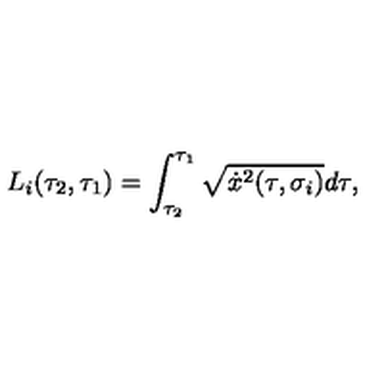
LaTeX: L _ { i } ( \tau _ { 2 } , \tau _ { 1 } ) = \int _ { \tau _ { 2 } } ^ { \tau _ { 1 } } \sqrt { \dot { x } ^ { 2 } ( \tau , \sigma _ { i } ) } d \tau ,